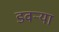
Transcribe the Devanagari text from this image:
डवऱ्या